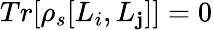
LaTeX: Tr[\rho_{s}[L_{i},L_{\mathbf{j}}]]=0